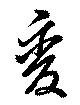
變